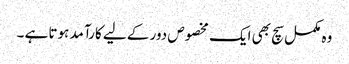
وہ مکمل سچ بھی ایک مخصوص دور کے لیے کارآمد ہوتا ہے ۔